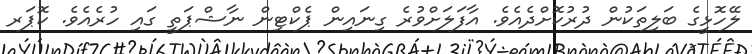
ލޭހޮޅީގެ ބަލިތަކުން ދުރުކޮށްދެއެވެ. އާފަލަށްވުރެ ގިނައިން ޕެކްޓިން ނާޝްޕަތީ ގައި ހުރެއެވެ. ކޮޕަރ